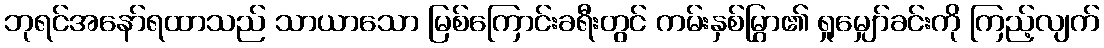
ဘုရင်အနော်ရထာသည် သာယာသော မြစ်ကြောင်းခရီးတွင် ကမ်းနှစ်မြွှာ၏ ရှုမျှော်ခင်းကို ကြည့်လျက်